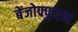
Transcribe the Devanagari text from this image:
बेंजोफ्फुरन